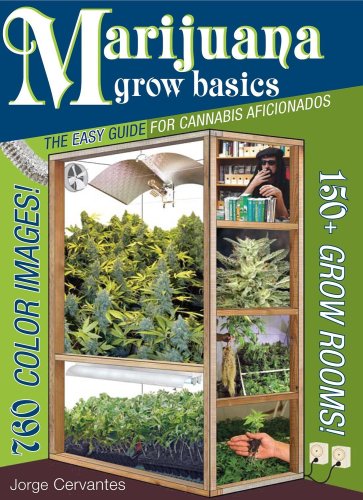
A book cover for Marijuana Grow Basics: The Easy Guide for Cannabis Aficionados; Jorge Cervantes; Crafts, Hobbies & Home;